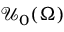
\boldsymbol { \mathcal { U } } _ { 0 } ( \Omega )